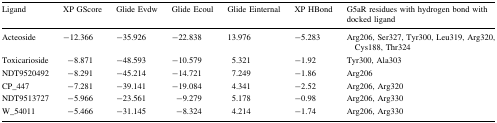
<table><thead><tr><td><b>Ligand</b></td><td><b>XP GScore</b></td><td><b>Glide Evdw</b></td><td><b>Glide Ecoul</b></td><td><b>Glide Einternal</b></td><td><b>XP HBond</b></td><td><b>G5aR residues with hydrogen bond with docked ligand</b></td></tr></thead><tbody><tr><td>Acteoside</td><td>−12.366</td><td>−35.926</td><td>−22.838</td><td>13.976</td><td>−5.283</td><td>Arg206, Ser327, Tyr300, Leu319, Arg320, Cys188, Thr324</td></tr><tr><td>Toxicarioside</td><td>−8.871</td><td>−48.593</td><td>−10.579</td><td>5.321</td><td>−1.92</td><td>Tyr300, Ala303</td></tr><tr><td>NDT9520492</td><td>−8.291</td><td>−45.214</td><td>−14.721</td><td>7.249</td><td>−1.86</td><td>Arg206</td></tr><tr><td>CP_447</td><td>−7.281</td><td>−39.141</td><td>−19.084</td><td>4.341</td><td>−2.52</td><td>Arg206, Arg320</td></tr><tr><td>NDT9513727</td><td>−5.966</td><td>−23.561</td><td>−9.279</td><td>5.178</td><td>−0.98</td><td>Arg206, Arg330</td></tr><tr><td>W_54011</td><td>−5.466</td><td>−31.145</td><td>−8.324</td><td>4.214</td><td>−1.74</td><td>Arg206, Arg330</td></tr></tbody></table>